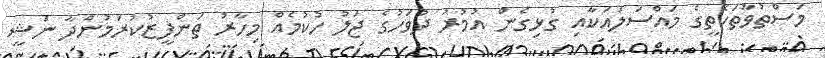
މަސްތުވާތަކެތީގެ މައްސަލައަކާއި ގުޅިގެން އުމުރު ދުވަހުގެ ޖަލު ހުކުމެއް މިހާރު ތަންފީޒުކުރަމުންދާ ނަޝީ